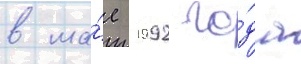
в ма́е 1992 го́да